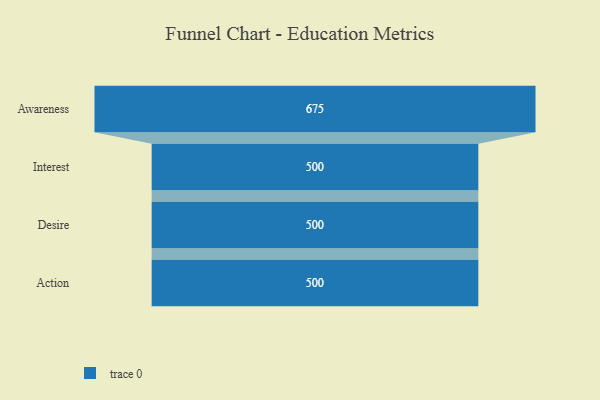
{"axis": {"x": "Stage", "y": "Value"}, "legend": [""], "data": [{"x": "Awareness", "y": 675.0, "type": ""}, {"x": "Interest", "y": 500, "type": ""}, {"x": "Desire", "y": 500, "type": ""}, {"x": "Action", "y": 500, "type": ""}]}